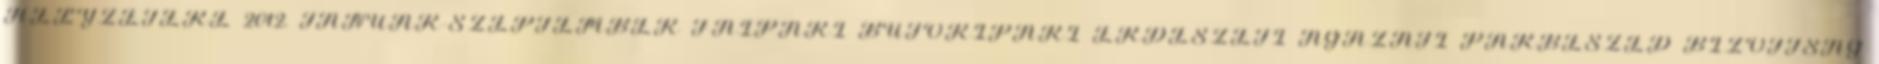
HELYZETÉRE 2012. JANUÁR-SZEPTEMBER FAIPARI BÚTORIPARI ERDÉSZETI ÁGAZATI PÁRBESZÉD BIZOTTSÁG